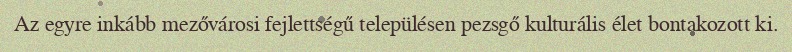
Az egyre inkább mezővárosi fejlettségű településen pezsgő kulturális élet bontakozott ki.